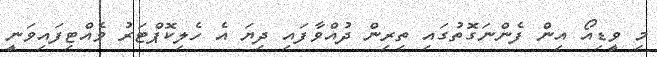
މި ވީޑިއޯ އިން ފެންނަގޮތުގައި ތިރިން ދުއްވާފައި ދިޔަ އެ ހެލިކޮޕްޓަރު ވެއްޓިފައިވަނީ